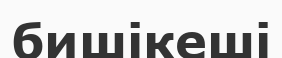
бишікеші